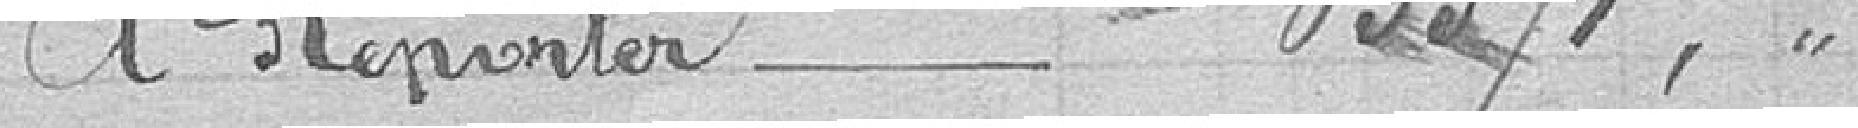
A reporter - 65371